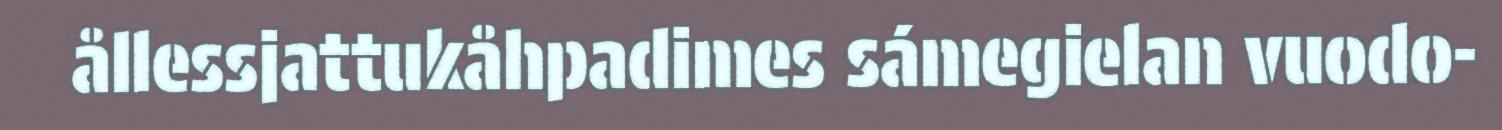
ållessjattukåhpadimes sámegielan vuodo-